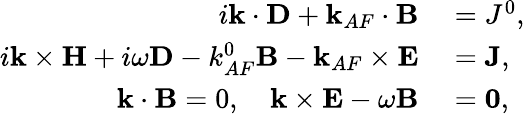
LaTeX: \begin{array}{rl}{i\mathbf{k}\cdot\mathbf{{D}}+\mathbf{k}_{AF}\cdot\mathbf{{B}}}&{{}=J^{0},}\\ {i\mathbf{k}\times\mathbf{{H}}+i\omega\mathbf{{D}}-k_{AF}^{0}\mathbf{{B}}-\mathbf{k}_{AF}\times\mathbf{{E}}}&{{}=\mathbf{{J}},}\\ {\mathbf{k}\cdot\mathbf{{B}}=0,\quad\mathbf{k}\times\mathbf{{E}}-\omega\mathbf{{B}}}&{{}=\mathbf{0},}\end{array}